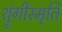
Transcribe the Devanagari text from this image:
श्रृंगीस्मृति